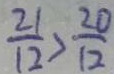
\frac { 2 1 } { 1 2 } > \frac { 2 0 } { 1 2 }